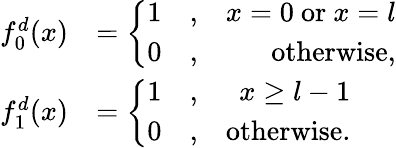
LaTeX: \begin{array}{rl}{f_{0}^{d}(x)}&{=\left\{ \begin{array}{rlr}{1}&{,}&{x=0\mathrm{~or~}x=l}\\ {0}&{,}&{\mathrm{otherwise},}\end{array}\right.}\\ {f_{1}^{d}(x)}&{=\left\{ \begin{array}{rlr}{1}&{,}&{x\geq l-1}\\ {0}&{,}&{\mathrm{otherwise}.}\end{array}\right.}\end{array}